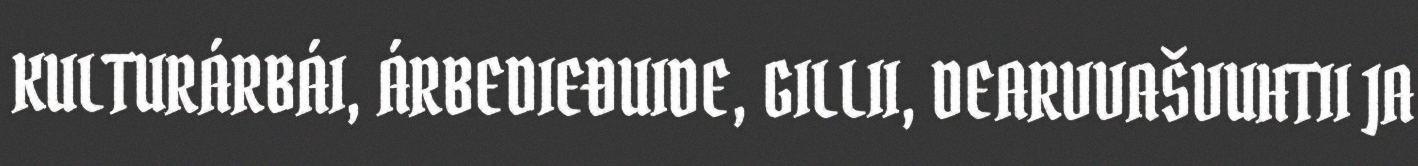
KULTURÁRBÁI, ÁRBEDIEĐUIDE, GILLII, DEARVVAŠVUHTII JA